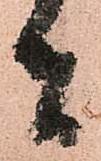
者